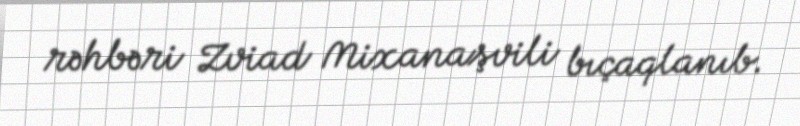
rəhbəri Zviad Mixanaşvili bıçaqlanıb.